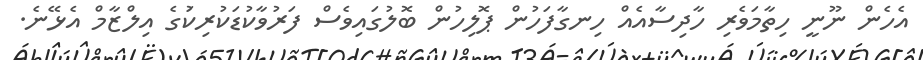
އެހެން ނޫނީ ހިތާމަވެރި ހާދިސާއެއް ހިނގާފަހުން ޕޮލިހުން ބޮލުގައިވެސް ފަރުވާކުޑަކުރިކަުގެ އިލްޒާމް އެޅޭނެ.